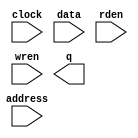
// megafunction wizard: %RAM: 1-PORT%VBB%
// GENERATION: STANDARD
// VERSION: WM1.0
// MODULE: altsyncram 

// ============================================================
// Megafunction Name(s):
// 			altsyncram
//
// Simulation Library Files(s):
// 			altera_mf
// ============================================================
// ************************************************************
// THIS IS A WIZARD-GENERATED FILE. DO NOT EDIT THIS FILE!
//
// 9.1 Build 222 10/21/2009 SJ Full Version
// ************************************************************

//Copyright (C) 1991-2009 Altera Corporation
//Your use of Altera Corporation's design tools, logic functions 
//and other software and tools, and its AMPP partner logic 
//functions, and any output files from any of the foregoing 
//(including device programming or simulation files), and any 
//associated documentation or information are expressly subject 
//to the terms and conditions of the Altera Program License 
//Subscription Agreement, Altera MegaCore Function License 
//Agreement, or other applicable license agreement, including, 
//without limitation, that your use is for the sole purpose of 
//programming logic devices manufactured by Altera and sold by 
//Altera or its authorized distributors.  Please refer to the 
//applicable agreement for further details.

module RAMB16_S9_altera (
	address,
	clock,
	data,
	rden,
	wren,
	q);

	input	[10:0]  address;
	input	  clock;
	input	[7:0]  data;
	input	  rden;
	input	  wren;
	output	[7:0]  q;

endmodule

// ============================================================
// CNX file retrieval info
// ============================================================
// Retrieval info: PRIVATE: ADDRESSSTALL_A NUMERIC "0"
// Retrieval info: PRIVATE: AclrAddr NUMERIC "0"
// Retrieval info: PRIVATE: AclrByte NUMERIC "0"
// Retrieval info: PRIVATE: AclrData NUMERIC "0"
// Retrieval info: PRIVATE: AclrOutput NUMERIC "0"
// Retrieval info: PRIVATE: BYTE_ENABLE NUMERIC "0"
// Retrieval info: PRIVATE: BYTE_SIZE NUMERIC "8"
// Retrieval info: PRIVATE: BlankMemory NUMERIC "0"
// Retrieval info: PRIVATE: CLOCK_ENABLE_INPUT_A NUMERIC "0"
// Retrieval info: PRIVATE: CLOCK_ENABLE_OUTPUT_A NUMERIC "0"
// Retrieval info: PRIVATE: Clken NUMERIC "0"
// Retrieval info: PRIVATE: DataBusSeparated NUMERIC "1"
// Retrieval info: PRIVATE: IMPLEMENT_IN_LES NUMERIC "0"
// Retrieval info: PRIVATE: INIT_FILE_LAYOUT STRING "PORT_A"
// Retrieval info: PRIVATE: INIT_TO_SIM_X NUMERIC "0"
// Retrieval info: PRIVATE: INTENDED_DEVICE_FAMILY STRING "Stratix IV"
// Retrieval info: PRIVATE: JTAG_ENABLED NUMERIC "0"
// Retrieval info: PRIVATE: JTAG_ID STRING "NONE"
// Retrieval info: PRIVATE: MAXIMUM_DEPTH NUMERIC "0"
// Retrieval info: PRIVATE: MIFfilename STRING "../../../../Documents and Settings/Danaoula/Desktop/NF2/projects/ngnp_multicore/src/bb_ram0.mif"
// Retrieval info: PRIVATE: NUMWORDS_A NUMERIC "2048"
// Retrieval info: PRIVATE: RAM_BLOCK_TYPE NUMERIC "0"
// Retrieval info: PRIVATE: READ_DURING_WRITE_MODE_PORT_A NUMERIC "2"
// Retrieval info: PRIVATE: RegAddr NUMERIC "1"
// Retrieval info: PRIVATE: RegData NUMERIC "1"
// Retrieval info: PRIVATE: RegOutput NUMERIC "1"
// Retrieval info: PRIVATE: SYNTH_WRAPPER_GEN_POSTFIX STRING "0"
// Retrieval info: PRIVATE: SingleClock NUMERIC "1"
// Retrieval info: PRIVATE: UseDQRAM NUMERIC "1"
// Retrieval info: PRIVATE: WRCONTROL_ACLR_A NUMERIC "0"
// Retrieval info: PRIVATE: WidthAddr NUMERIC "11"
// Retrieval info: PRIVATE: WidthData NUMERIC "8"
// Retrieval info: PRIVATE: rden NUMERIC "1"
// Retrieval info: CONSTANT: CLOCK_ENABLE_INPUT_A STRING "BYPASS"
// Retrieval info: CONSTANT: CLOCK_ENABLE_OUTPUT_A STRING "BYPASS"
// Retrieval info: CONSTANT: INIT_FILE STRING "../../../../Documents and Settings/Danaoula/Desktop/NF2/projects/ngnp_multicore/src/bb_ram0.mif"
// Retrieval info: CONSTANT: INTENDED_DEVICE_FAMILY STRING "Stratix IV"
// Retrieval info: CONSTANT: LPM_HINT STRING "ENABLE_RUNTIME_MOD=NO"
// Retrieval info: CONSTANT: LPM_TYPE STRING "altsyncram"
// Retrieval info: CONSTANT: NUMWORDS_A NUMERIC "2048"
// Retrieval info: CONSTANT: OPERATION_MODE STRING "SINGLE_PORT"
// Retrieval info: CONSTANT: OUTDATA_ACLR_A STRING "NONE"
// Retrieval info: CONSTANT: OUTDATA_REG_A STRING "CLOCK0"
// Retrieval info: CONSTANT: POWER_UP_UNINITIALIZED STRING "FALSE"
// Retrieval info: CONSTANT: READ_DURING_WRITE_MODE_PORT_A STRING "DONT_CARE"
// Retrieval info: CONSTANT: WIDTHAD_A NUMERIC "11"
// Retrieval info: CONSTANT: WIDTH_A NUMERIC "8"
// Retrieval info: CONSTANT: WIDTH_BYTEENA_A NUMERIC "1"
// Retrieval info: USED_PORT: address 0 0 11 0 INPUT NODEFVAL address[10..0]
// Retrieval info: USED_PORT: clock 0 0 0 0 INPUT NODEFVAL clock
// Retrieval info: USED_PORT: data 0 0 8 0 INPUT NODEFVAL data[7..0]
// Retrieval info: USED_PORT: q 0 0 8 0 OUTPUT NODEFVAL q[7..0]
// Retrieval info: USED_PORT: rden 0 0 0 0 INPUT NODEFVAL rden
// Retrieval info: USED_PORT: wren 0 0 0 0 INPUT NODEFVAL wren
// Retrieval info: CONNECT: @address_a 0 0 11 0 address 0 0 11 0
// Retrieval info: CONNECT: q 0 0 8 0 @q_a 0 0 8 0
// Retrieval info: CONNECT: @clock0 0 0 0 0 clock 0 0 0 0
// Retrieval info: CONNECT: @rden_a 0 0 0 0 rden 0 0 0 0
// Retrieval info: CONNECT: @data_a 0 0 8 0 data 0 0 8 0
// Retrieval info: CONNECT: @wren_a 0 0 0 0 wren 0 0 0 0
// Retrieval info: LIBRARY: altera_mf altera_mf.altera_mf_components.all
// Retrieval info: GEN_FILE: TYPE_NORMAL RAMB16_S9_altera.v TRUE
// Retrieval info: GEN_FILE: TYPE_NORMAL RAMB16_S9_altera.inc TRUE
// Retrieval info: GEN_FILE: TYPE_NORMAL RAMB16_S9_altera.cmp TRUE
// Retrieval info: GEN_FILE: TYPE_NORMAL RAMB16_S9_altera.bsf TRUE FALSE
// Retrieval info: GEN_FILE: TYPE_NORMAL RAMB16_S9_altera_inst.v TRUE
// Retrieval info: GEN_FILE: TYPE_NORMAL RAMB16_S9_altera_bb.v TRUE
// Retrieval info: GEN_FILE: TYPE_NORMAL RAMB16_S9_altera_waveforms.html TRUE
// Retrieval info: GEN_FILE: TYPE_NORMAL RAMB16_S9_altera_wave*.jpg FALSE
// Retrieval info: LIB_FILE: altera_mf